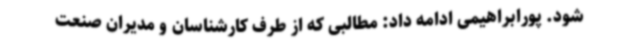
شود. پورابراهیمی ادامه داد: مطالبی که از طرف کارشناسان و مدیران صنعت